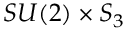
S U ( 2 ) \times S _ { 3 }